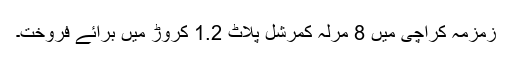
زمزمہ کراچی میں 8 مرلہ کمرشل پلاٹ 1.2 کروڑ میں برائے فروخت۔